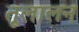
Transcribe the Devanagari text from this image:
तूलालन